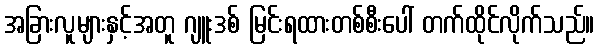
အခြားလူများနှင့်အတူ ဂျူးဒစ် မြင်းရထားတစ်စီးပေါ် တက်ထိုင်လိုက်သည်။